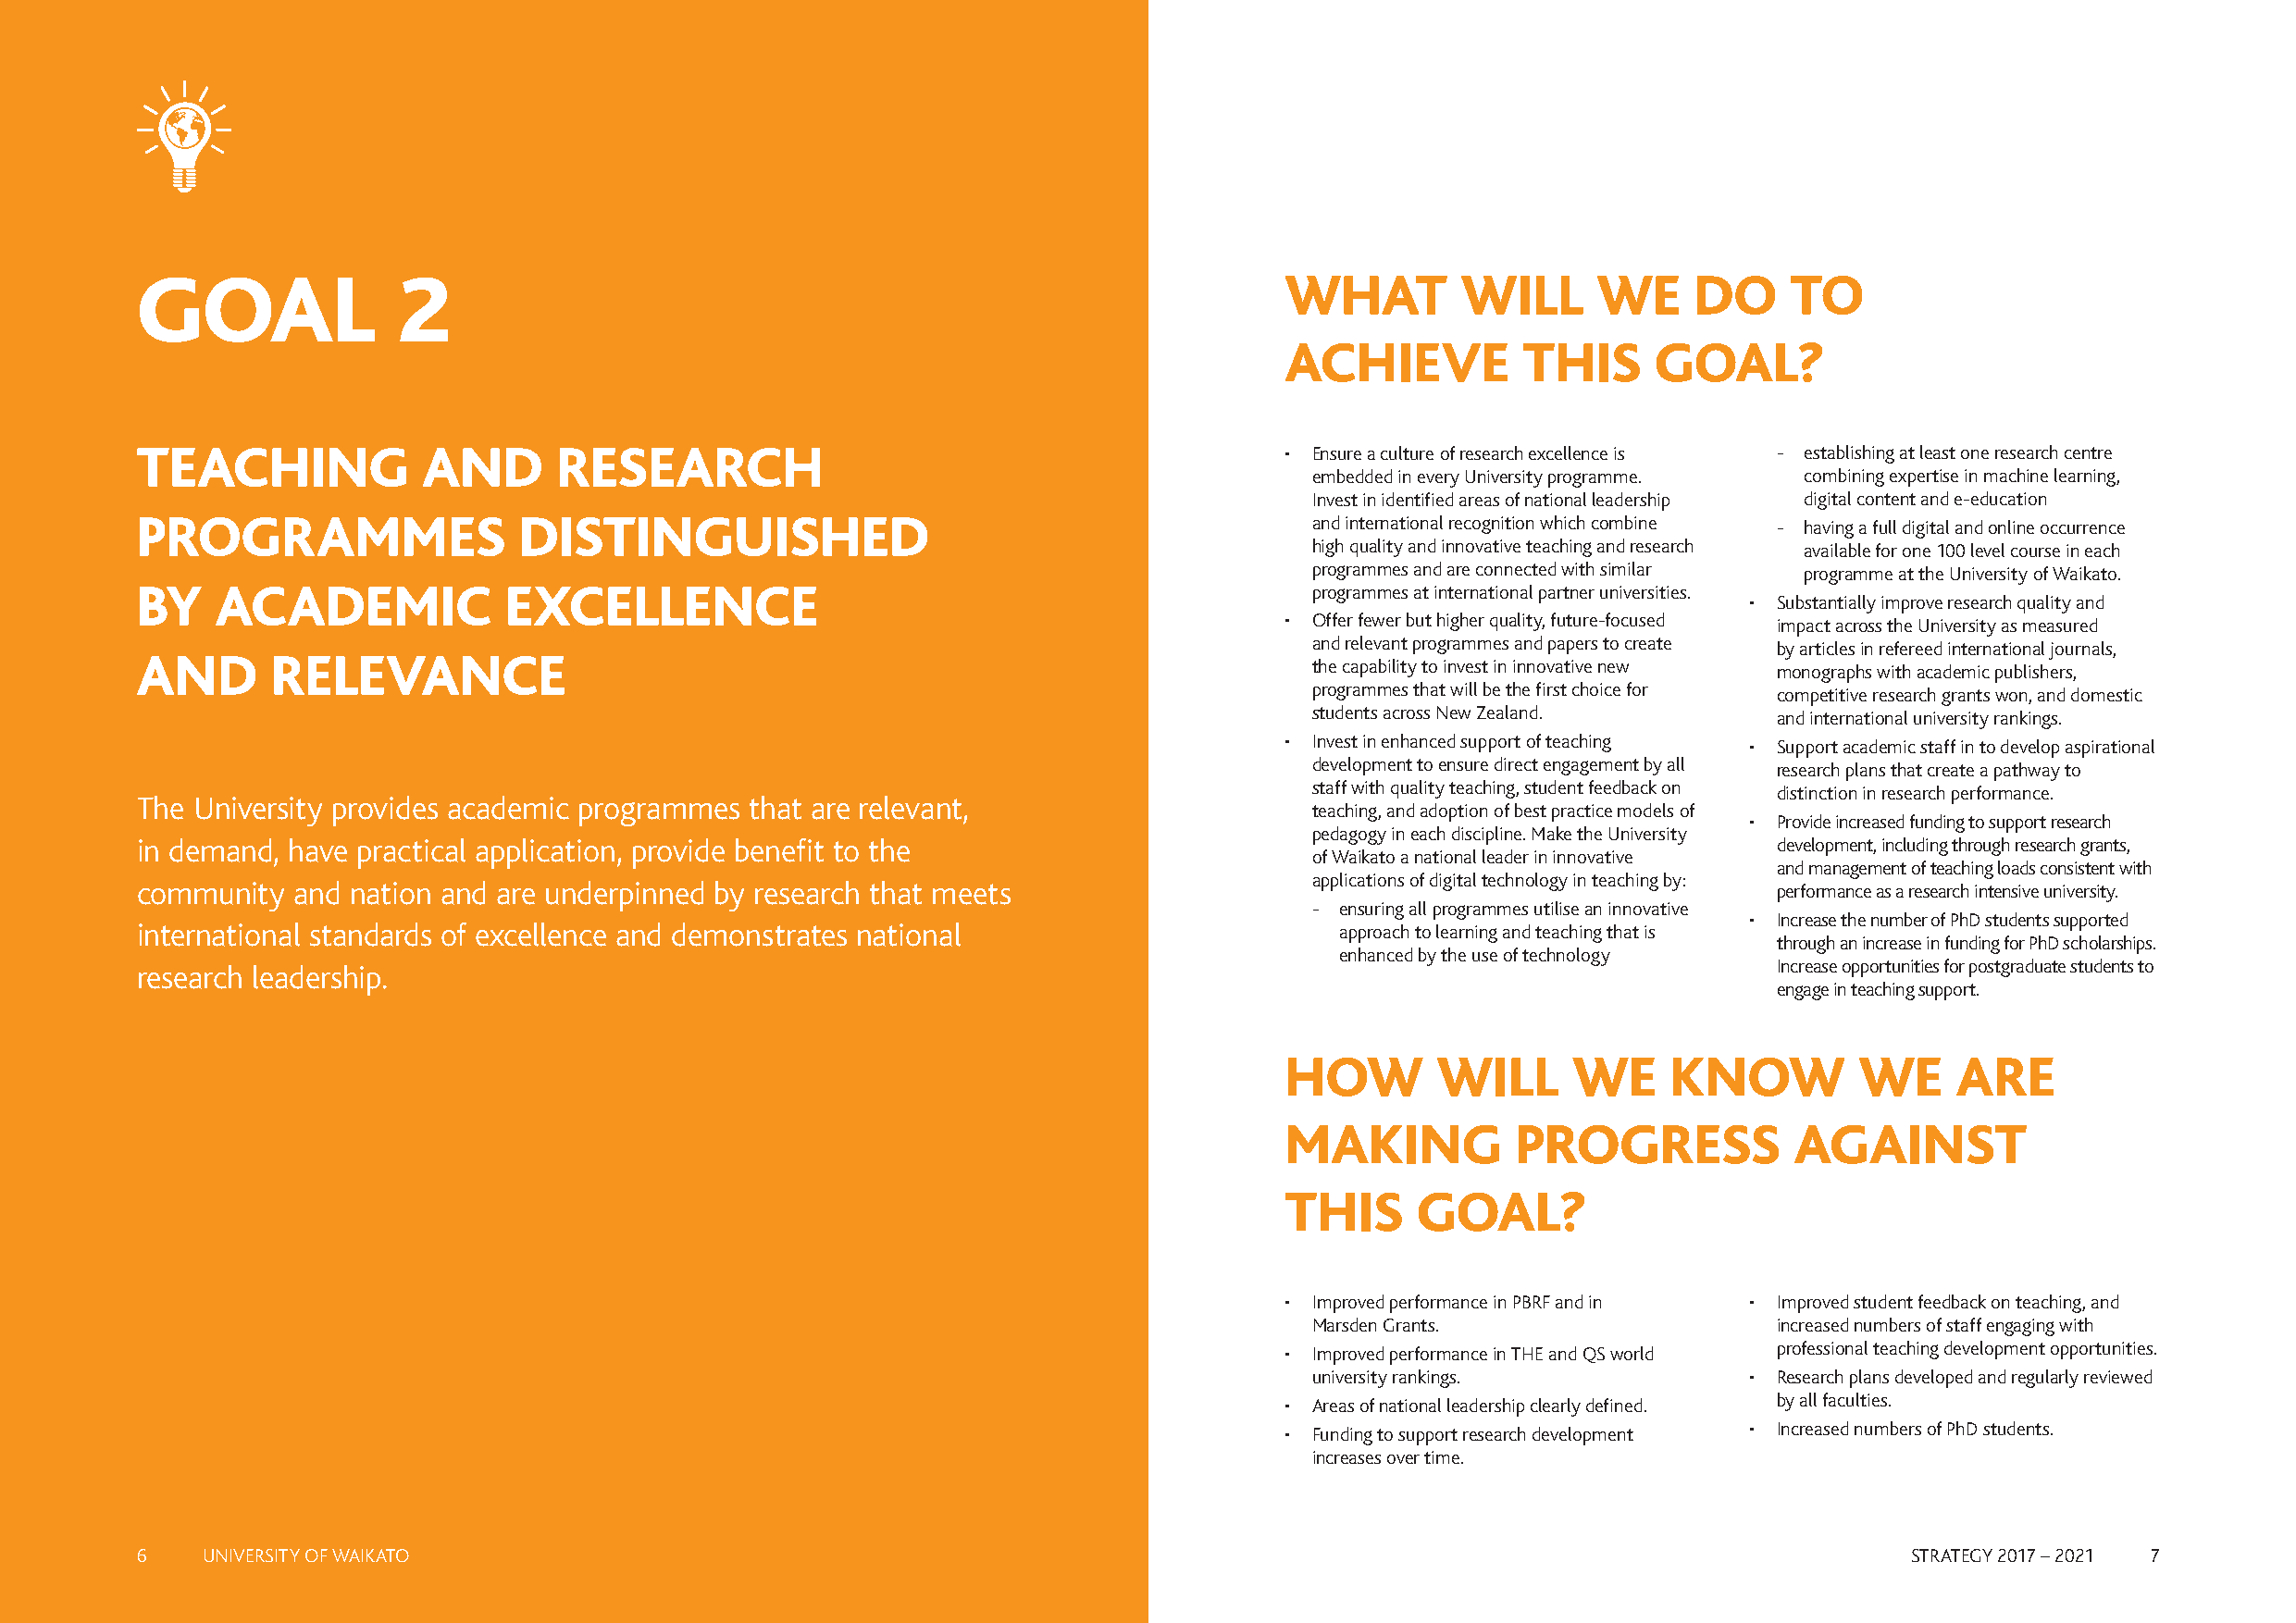
GOAL              2                                                               WHAT        WILL      WE     DO     TO
 ACHIEVE          THIS     GOAL?
 TEACHING            AND       RESEARCH                                            • Ensure a culture of research excellence is - establishing at least one research centre
 embedded in every University programme. combining expertise in machine learning,
 Invest in identified areas of national leadership digital content and e-education
 PROGRAMMES                 DISTINGUISHED                                            and international recognition which combine - having a full digital and online occurrence
 high quality and innovative teaching and research available for one 100 level course in each
 programmes and are connected with similar programme at the University of Waikato.
 BY   ACADEMIC             EXCELLENCE                                                programmes at international partner universities.
 • Substantially improve research quality and
 • Offer fewer but higher quality, future-focused impact across the University as measured
 and relevant programmes and papers to create by articles in refereed international journals,
 AND      RELEVANCE
 the capability to invest in innovative new monographs with academic publishers,
 programmes that will be the first choice for competitive research grants won, and domestic
 students across New Zealand.     and international university rankings.
 • Invest in enhanced support of teaching • Support academic staff in to develop aspirational
 development to ensure direct engagement by all research plans that create a pathway to
 staff with quality teaching, student feedback on distinction in research performance.
 The University provides academic programmes that are relevant,
 teaching, and adoption of best practice models of
 • Provide increased funding to support research
 pedagogy in each discipline. Make the University
 in demand, have practical application, provide benefit to the                                                        development, including through research grants,
 of Waikato a national leader in innovative
 and management of teaching loads consistent with
 applications of digital technology in teaching by:
 community  and nation and are underpinned by research that meets                                                     performance as a research intensive university.
 - ensuring all programmes utilise an innovative
 • Increase the number of PhD students supported
 international standards of excellence and demonstrates national                       approach to learning and teaching that is
 through an increase in funding for PhD scholarships.
 enhanced by the use of technology
 research leadership.                                                                                                 Increase opportunities for postgraduate students to
 engage in teaching support.
 HOW        WILL     WE     KNOW          WE     ARE
 MAKING          PROGRESS            AGAINST
 THIS     GOAL?
 • Improved performance in PBRF and in • Improved student feedback on teaching, and
 Marsden Grants.                  increased numbers of staff engaging with
 • Improved performance in THE and QS world professional teaching development opportunities.
 university rankings.           • Research plans developed and regularly reviewed
 • Areas of national leadership clearly defined. by all faculties.
 • Funding to support research development • Increased numbers of PhD students.
 increases over time.
 6   UNIVERSITY OF WAIKATO                                                                                                      STRATEGY 2017 – 2021 7